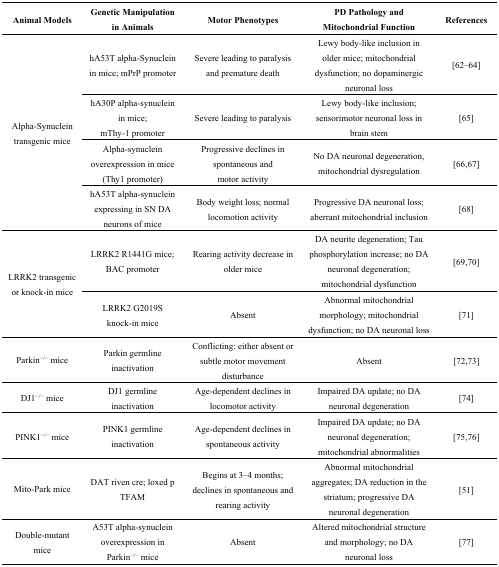
| Animal Models | Genetic Manipulation in Animals | Motor Phenotypes | PD Pathology and Mitochondrial Function | References |
 | --- | --- | --- | --- | --- |
 | <ROWSPAN=4> Alpha-Synuclein transgenic mice | hA53T alpha-Synuclein in mice; mPrP promoter | Severe leading to paralysis and premature death | Lewy body-like inclusion in older mice; mitochondrial dysfunction; no dopaminergic neuronal loss | [62,63,64] |
 | hA30P alpha-synuclein in mice; mThy-1 promoter | Severe leading to paralysis | Lewy body-like inclusion; sensorimotor neuronal loss in brain stem | [65] |
 | Alpha-synuclein overexpression in mice (Thy1 promoter) | Progressive declines in spontaneous and motor activity | No DA neuronal degeneration, mitochondrial dysregulation | [66,67] |
 | hA53T alpha-synuclein expressing in SN DA neurons of mice | Body weight loss; normal locomotion activity | Progressive DA neuronal loss; aberrant mitochondrial inclusion | [68] |
 | <ROWSPAN=2> LRRK2 transgenic or knock-in mice | LRRK2 R1441G mice; BAC promoter | Rearing activity decrease in older mice | DA neurite degeneration; Tau phosphorylation increase; no DA neuronal degeneration; mitochondrial dysfunction | [69,70] |
 | LRRK2 G2019S knock-in mice | Absent | Abnormal mitochondrial morphology; mitochondrial dysfunction; no DA neuronal loss | [71] |
 | Parkin−/− mice | Parkin germline inactivation | Conflicting: either absent or subtle motor movement disturbance | Absent | [72,73] |
 | DJ1−/− mice | DJ1 germline inactivation | Age-dependent declines in locomotor activity | Impaired DA update; no DA neuronal degeneration | [74] |
 | PINK1−/− mice | PINK1 germline inactivation | Age-dependent declines in spontaneous activity | Impaired DA update; no DA neuronal degeneration; mitochondrial abnormalities | [75,76] |
 | Mito-Park mice | DAT riven cre; loxed p TFAM | Begins at 3–4 months; declines in spontaneous and rearing activity | Abnormal mitochondrial aggregates; DA reduction in the striatum; progressive DA neuronal degeneration | [51] |
 | Double-mutant mice | A53T alpha-synuclein overexpression in Parkin−/− mice | Absent | Altered mitochondrial structure and morphology; no DA neuronal loss | [77] |